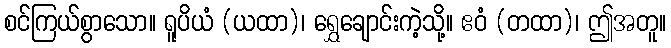
စင်ကြယ်စွာသော။ ရူပိယံ (ယထာ)၊ ရွှေချောင်းကဲ့သို့။ ဧဝံ (တထာ)၊ ဤအတူ။